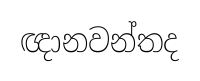
ඥානවන්තද